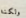
ولكنه